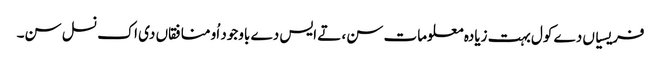
فریسیاں دے کول بہت زیادہ معلومات سن، تے ایس دے باوجود اُو منافقاں دی اک نسل سن۔